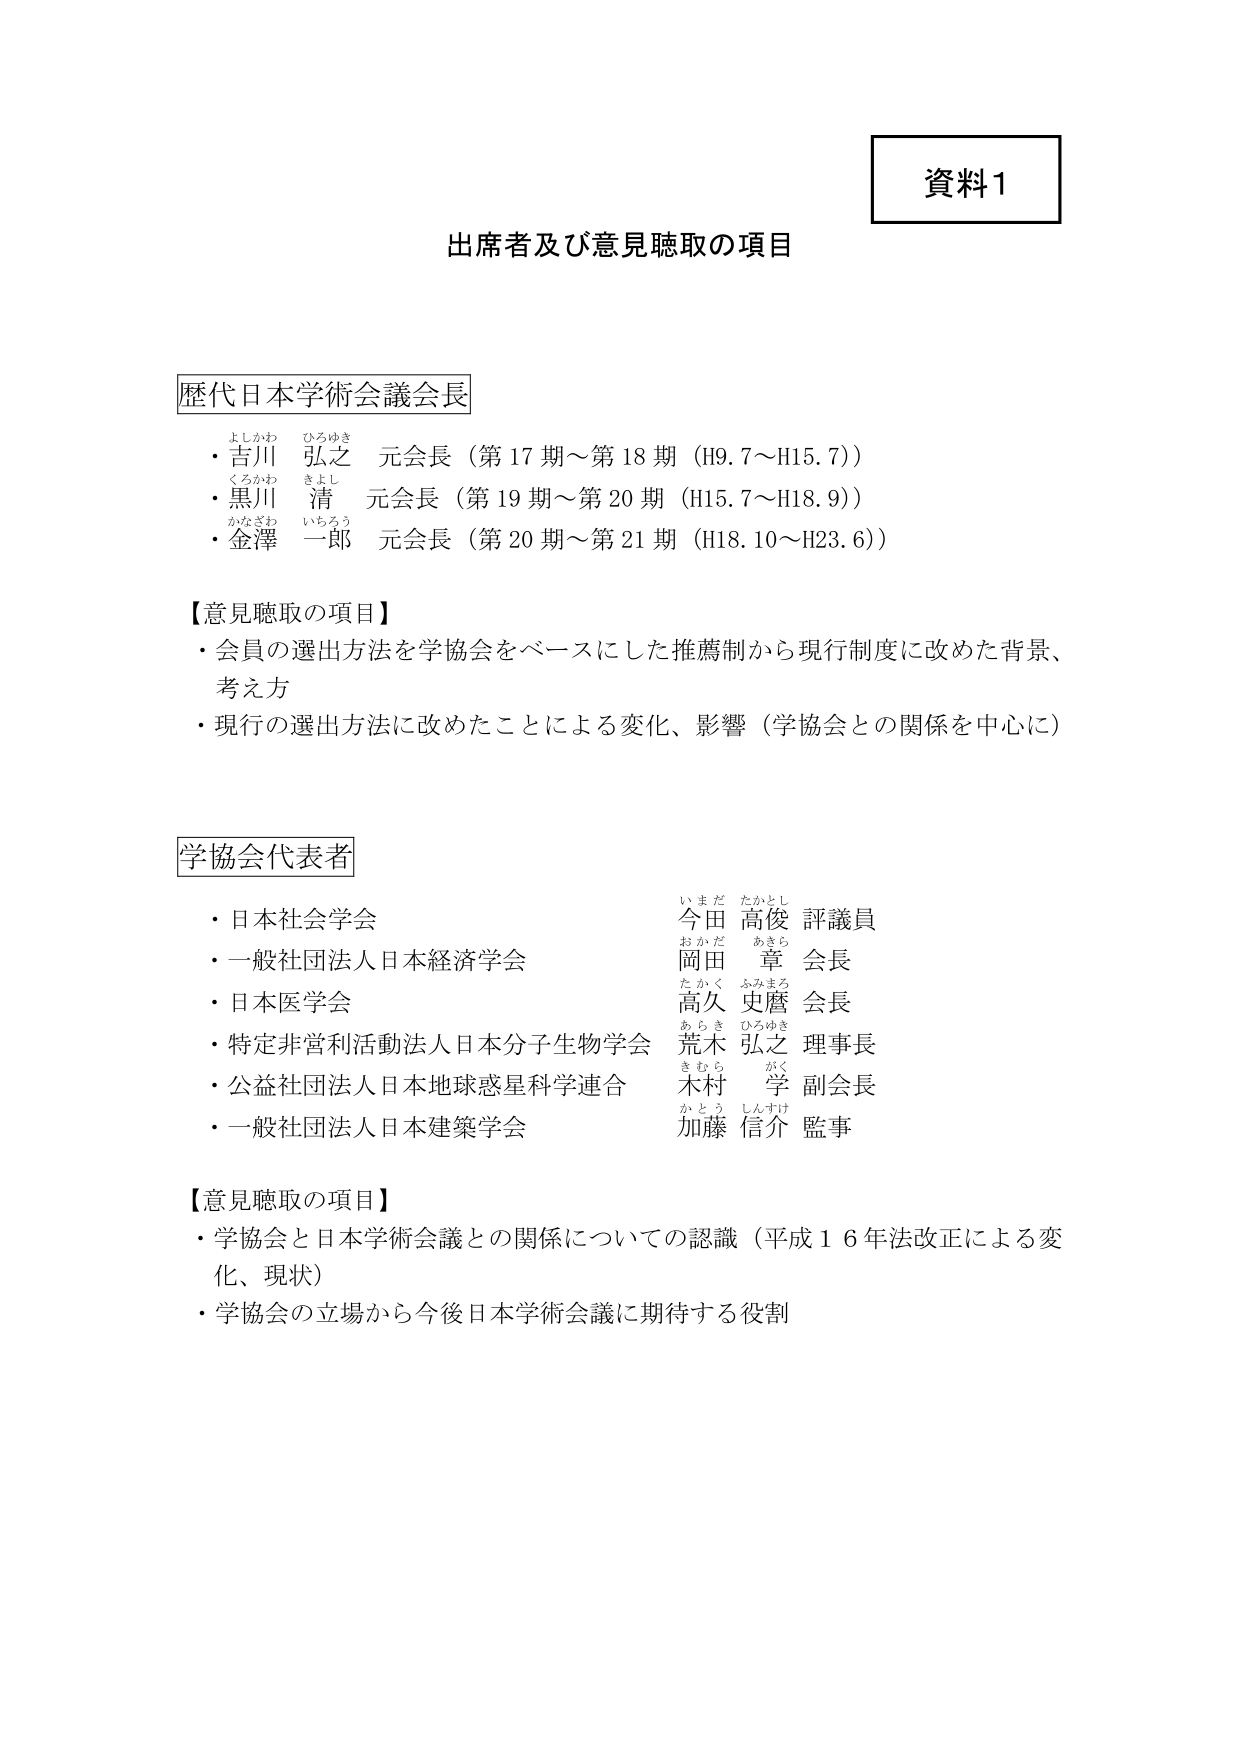
資料1

出席者及び意見聴取の項目

歴代日本学術会議会長
・吉川 弘之 元会長（第17期～第18期（H9.7～H15.7））
　よしかわ ひろゆき
・黒川 清 元会長（第19期～第20期（H15.7～H18.9））
　くろかわ きよし
・金澤 一郎 元会長（第20期～第21期（H18.10～H23.6））
　かなざわ いちろう

【意見聴取の項目】
・会員の選出方法を学協会をベースにした推薦制から現行制度に改めた背景、考え方
・現行の選出方法に改めたことによる変化、影響（学協会との関係を中心に）

学協会代表者
・日本社会学会　　　　　　　　　　　今田 高俊 評議員
　いまだ たかとし
・一般社団法人日本経済学会　　　　岡田 章 会長
　おかだ あきら
・日本医学会　　　　　　　　　　　　高久 史麿 会長
　たかく ふみまろ
・特定非営利活動法人日本分子生物学会　荒木 弘之 理事長
　あらき ひろゆき
・公益社団法人日本地球惑星科学連合　木村 学 副会長
　きむら がく
・一般社団法人日本建築学会　　　　加藤 信介 監事
　かとう しんすけ

【意見聴取の項目】
・学協会と日本学術会議との関係についての認識（平成16年法改正による変化、現状）
・学協会の立場から今後日本学術会議に期待する役割